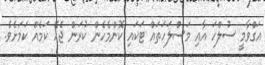
އަގްވާމީ ސުލްހަ އާއި މަސްލަހަތައް ޓަކައި ކޮންމެހެން ކުރަން ޖެހޭ ކަމެއް ކަމަށެވެ.